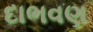
દાભવણ